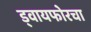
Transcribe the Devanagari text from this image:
ड्वायफोरचा